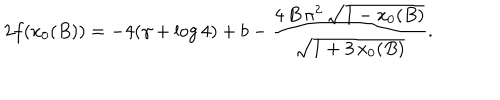
LaTeX: 2 f ( x _ { 0 } ( B ) ) = - 4 ( \gamma + \log 4 ) + b - \frac { 4 \, B \, { \pi } ^ { 2 } \, { \sqrt { 1 - x _ { 0 } ( B ) } } } { { \sqrt { 1 + 3 \, x _ { 0 } ( B ) } } } .